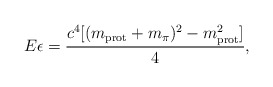
\begin{align*}E\epsilon=\frac{c^4[(m_{\rm prot}+m_\pi)^2-m^2_{\rm prot}]}{4},\end{align*}